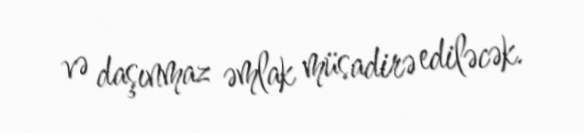
və daşınmaz əmlak müsadirə ediləcək.